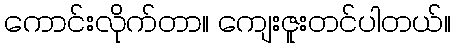
ကောင်းလိုက်တာ။ ကျေးဇူးတင်ပါတယ်။